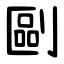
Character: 剾